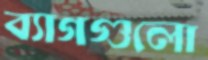
ব্যাগগুলো